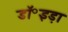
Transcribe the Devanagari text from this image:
डॉ॰इड़ा